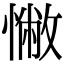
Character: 𢠳